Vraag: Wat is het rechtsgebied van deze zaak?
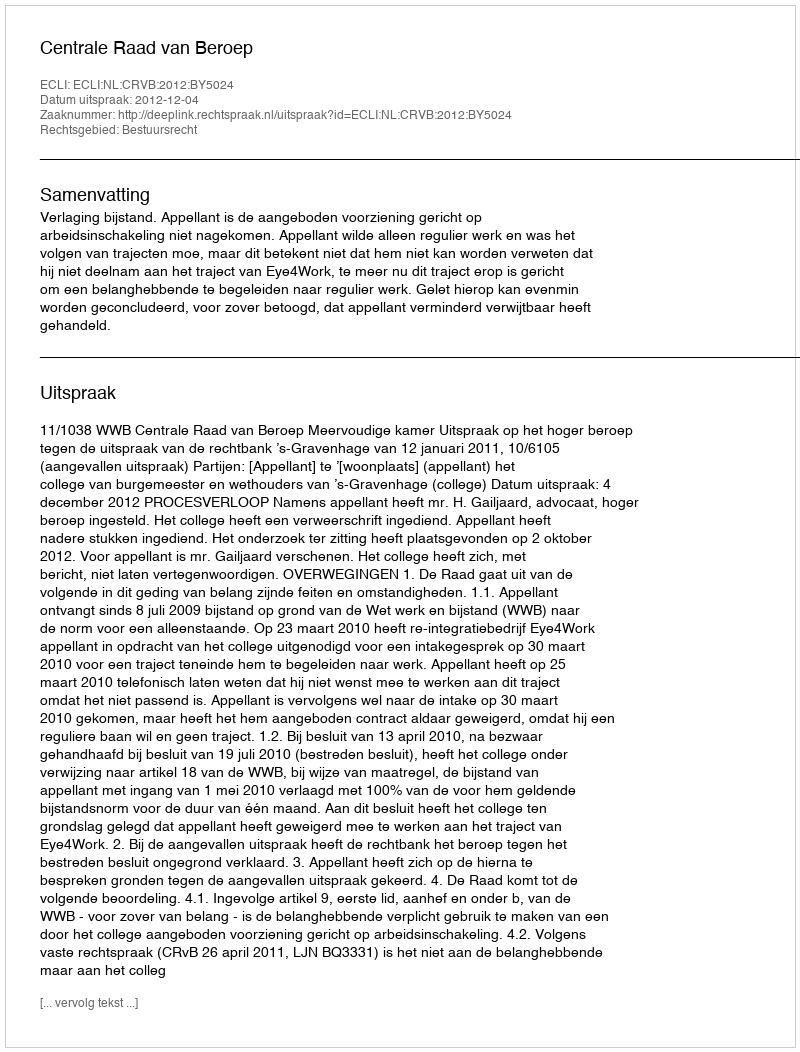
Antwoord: Bestuursrecht